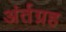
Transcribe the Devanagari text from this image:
अंर्तग्रह